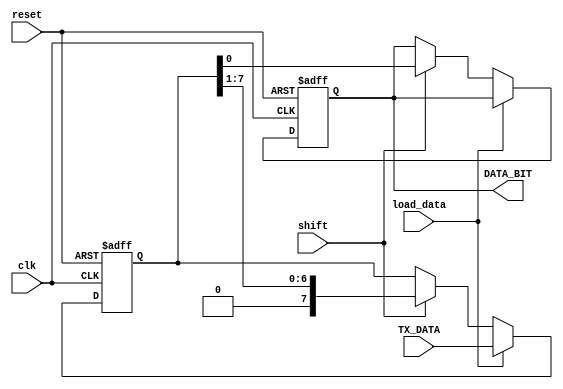
`timescale 1ns / 1ps
//////////////////////////////////////////////////////////////////////////////////
// Company: 
// Engineer: 
// 
// Design Name: 
// Module Name:    piso 
// Project Name: 
// Target Devices: 
// Tool versions: 
// Description: 
//
// Dependencies: 
//
// Revision: 
// Revision 0.01 - File Created
// Additional Comments: 
//
//////////////////////////////////////////////////////////////////////////////////
module piso(DATA_BIT,TX_DATA,shift,load_data,clk,reset );
output reg DATA_BIT=0;
input clk,reset,shift,load_data;
input [7:0]TX_DATA;
reg [7:0]temp;
always@(posedge clk ,negedge reset)
begin
if(!reset)
begin
DATA_BIT<=0;
temp<=0;
end
else if(load_data==1)
begin
//DATA_BIT<=TX_DATA[0];
temp<=TX_DATA;
end
else if(shift==1)
begin
DATA_BIT<=temp[0];
temp<=temp>>1;
end
end
//assign
//temp=TX_DATA;
endmodule